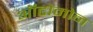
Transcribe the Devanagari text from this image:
ऑटोमोन